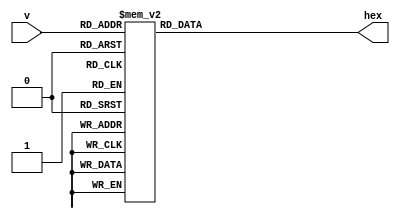
module Seg7(input [3:0]  v,
				output reg[6:0] hex);
		
	always @(*) begin
		case(v)
			4'b0000: hex = 7'b1000000; // 0
			4'b0001: hex = 7'b1111001; // 1
			4'b0010: hex = 7'b0100100; // 2
			4'b0011: hex = 7'b0110000; // 3
			4'b0100: hex = 7'b0011001; // 4
			4'b0101: hex = 7'b0010010; // 5
			4'b0110: hex = 7'b0000010; // 6
			4'b0111: hex = 7'b1111000; // 7
			4'b1000: hex = 7'b0000000; // 8
			4'b1001: hex = 7'b0011000; // 9
			default: hex = 7'b1000000; // 0
		endcase
	end
	
endmodule